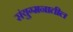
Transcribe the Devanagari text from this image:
संयुग्मनातील